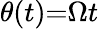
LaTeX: \theta(t){=}\Omega t